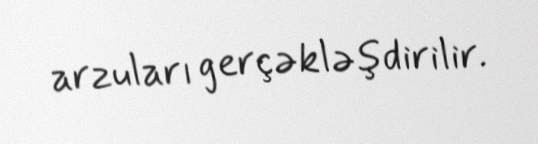
arzuları gerçəkləşdirilir.